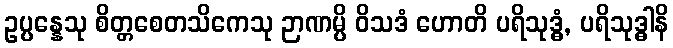
ဥပ္ပန္နေသု စိတ္တစေတသိကေသု ဉာဏမ္ပိ ဝိသဒံ ဟောတိ ပရိသုဒ္ဓံ, ပရိသုဒ္ဓါနိ